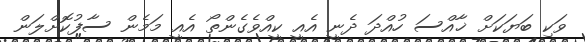
ވަކި ބަޔަކަށް ޚާއްސަ ހުއްދަ ދެނީ އެއީ ކީއްވެގެންތޯ އެއީ މަމެން ސާފުކޮށްލަން